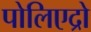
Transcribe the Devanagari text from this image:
पोलिएद्रो